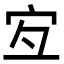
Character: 宐